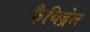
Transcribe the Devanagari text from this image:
कैथिड्रेल